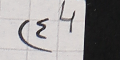
(٤ 4